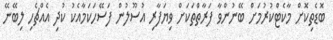
ބޮޑެތިކޮށް މާކެޓްކުރުމަށް ބޭނުންވާ ފަރާތްތަކަށް ވިޔަފާރި އުސޫލުން ފަސޭހަކަމާއެކު ކުދި އެއްޗެހި ލިބޭނޭ